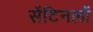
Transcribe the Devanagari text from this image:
सेंटिनलों